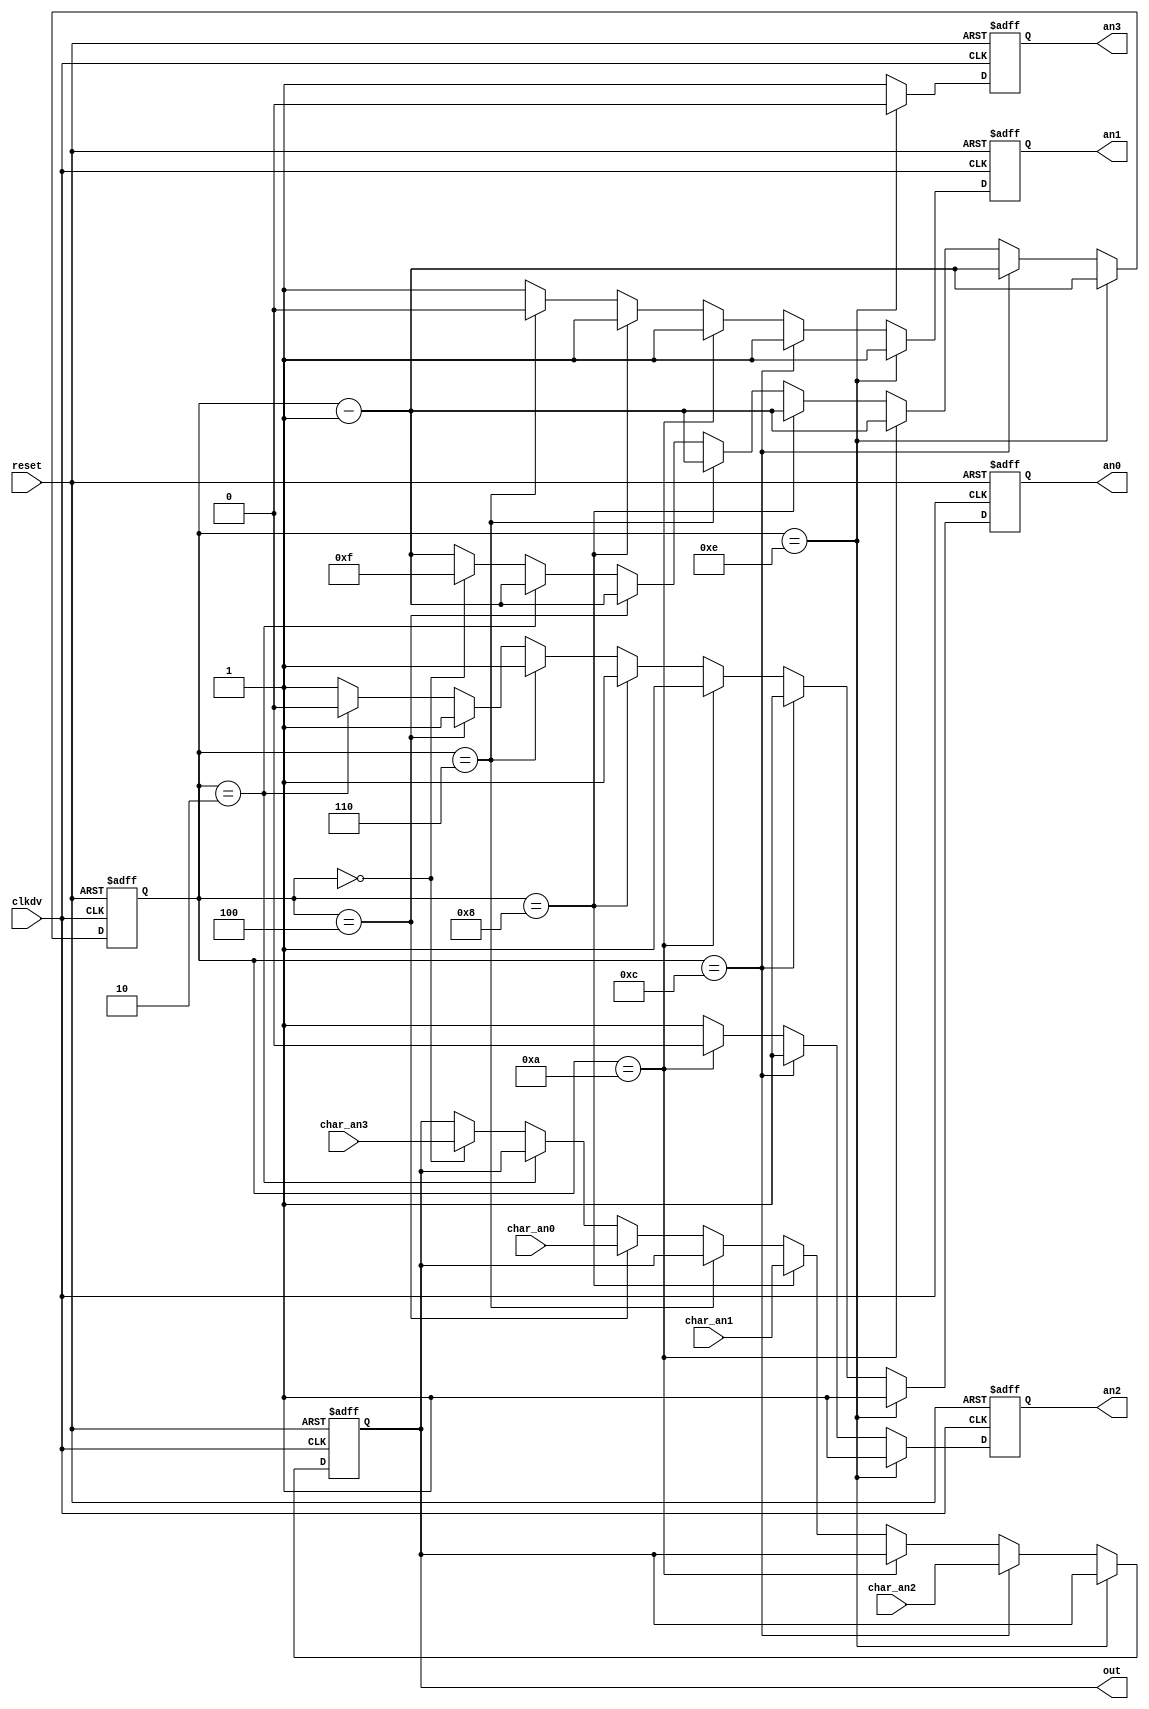
`timescale 1ns / 1ps
//////////////////////////////////////////////////////////////////////////////////
// Company: 
// 
// Design Name: 
// Module Name:    Counter 
// Project Name: 
// Target Devices: 
// Tool versions: 
// Description: 
//
// Dependencies: 
//
// Revision: 
// Revision 0.01 - File Created
// Additional Comments: 
//
//////////////////////////////////////////////////////////////////////////////////
module Counter(clkdv, reset, char_an3, char_an2, char_an1, char_an0, an3, an2, an1, an0, out);
input clkdv;
input reset;
input [3:0] char_an3;
input [3:0] char_an2;
input [3:0] char_an1;
input [3:0] char_an0;
output reg an3;
output reg an2;
output reg an1;
output reg an0;
output reg [3:0] out;

reg [3:0] counter;

always @(posedge clkdv or posedge reset)
begin 
	if (reset)
	begin
		counter = 4'b0000;
		an3 = 1;
		an2 = 1;
		an1 = 1;
		an0 = 1;
		out = 4'b0000;
	end
	else if (counter == 4'b1110)//LED-3 
	begin
		an3 = 0;
		an2 = 1;
		an1 = 1;
		an0 = 1;
		counter = counter - 1;
	end
	else if (counter == 4'b1100)//LOAD DATA LED-2
	begin
		an3 = 1;
		an2 = 1;
		an1 = 1;
		an0 = 1;
		out = char_an2;
		counter = counter - 1;
	end
	else if (counter == 4'b1010)//LED-2
	begin
		an3 = 1;
		an2 = 0;
		an1 = 1;
		an0 = 1;
		counter = counter - 1;
	end
	else if (counter == 4'b1000)//LOAD DATA LED-1
	begin
		an3 = 1;
		an2 = 1;
		an1 = 1;
		an0 = 1;
		out = char_an1;
		counter = counter - 1;
	end
	else if (counter == 4'b0110)//LED-1
	begin
		an3 = 1;
		an2 = 1;
		an1 = 0;
		an0 = 1;
		counter = counter - 1;
	end
	else if (counter == 4'b0100)//LOAD DATA LED-0
	begin
		an3 = 1;
		an2 = 1;
		an1 = 1;
		an0 = 1;
		out = char_an0;
		counter = counter - 1;
	end
	else if (counter == 4'b0010)//LED-0
	begin
		an3 = 1;
		an2 = 1;
		an1 = 1;
		an0 = 0;
		counter = counter - 1;
	end
	else if (counter == 4'b0000)//LOAD DATA LED-3
	begin
		an3 = 1;
		an2 = 1;
		an1 = 1;
		an0 = 1;
		out = char_an3;
		counter = 4'b1111;
	end
	else 
	begin
		an3 = 1;
		an2 = 1;
		an1 = 1;
		an0 = 1;
		counter = counter - 1; 
	end
	
end


endmodule